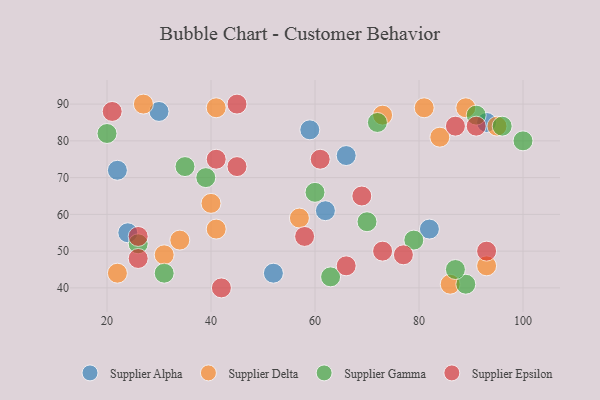
{"axis": {"x": "GDP", "y": "Life Expectancy"}, "legend": ["Supplier Alpha", "Supplier Delta", "Supplier Epsilon", "Supplier Gamma"], "data": [{"x": "62", "y": 61, "type": "Supplier Alpha"}, {"x": "93", "y": 85, "type": "Supplier Alpha"}, {"x": "22", "y": 72, "type": "Supplier Alpha"}, {"x": "30", "y": 88, "type": "Supplier Alpha"}, {"x": "66", "y": 76, "type": "Supplier Alpha"}, {"x": "82", "y": 56, "type": "Supplier Alpha"}, {"x": "24", "y": 55, "type": "Supplier Alpha"}, {"x": "59", "y": 83, "type": "Supplier Alpha"}, {"x": "52", "y": 44, "type": "Supplier Alpha"}, {"x": "84", "y": 81, "type": "Supplier Delta"}, {"x": "22", "y": 44, "type": "Supplier Delta"}, {"x": "34", "y": 53, "type": "Supplier Delta"}, {"x": "86", "y": 41, "type": "Supplier Delta"}, {"x": "41", "y": 56, "type": "Supplier Delta"}, {"x": "57", "y": 59, "type": "Supplier Delta"}, {"x": "89", "y": 89, "type": "Supplier Delta"}, {"x": "73", "y": 87, "type": "Supplier Delta"}, {"x": "40", "y": 63, "type": "Supplier Delta"}, {"x": "93", "y": 46, "type": "Supplier Delta"}, {"x": "31", "y": 49, "type": "Supplier Delta"}, {"x": "41", "y": 89, "type": "Supplier Delta"}, {"x": "81", "y": 89, "type": "Supplier Delta"}, {"x": "95", "y": 84, "type": "Supplier Delta"}, {"x": "27", "y": 90, "type": "Supplier Delta"}, {"x": "70", "y": 58, "type": "Supplier Gamma"}, {"x": "79", "y": 53, "type": "Supplier Gamma"}, {"x": "89", "y": 41, "type": "Supplier Gamma"}, {"x": "26", "y": 52, "type": "Supplier Gamma"}, {"x": "20", "y": 82, "type": "Supplier Gamma"}, {"x": "87", "y": 45, "type": "Supplier Gamma"}, {"x": "72", "y": 85, "type": "Supplier Gamma"}, {"x": "39", "y": 70, "type": "Supplier Gamma"}, {"x": "91", "y": 87, "type": "Supplier Gamma"}, {"x": "100", "y": 80, "type": "Supplier Gamma"}, {"x": "35", "y": 73, "type": "Supplier Gamma"}, {"x": "63", "y": 43, "type": "Supplier Gamma"}, {"x": "60", "y": 66, "type": "Supplier Gamma"}, {"x": "31", "y": 44, "type": "Supplier Gamma"}, {"x": "96", "y": 84, "type": "Supplier Gamma"}, {"x": "58", "y": 54, "type": "Supplier Epsilon"}, {"x": "45", "y": 73, "type": "Supplier Epsilon"}, {"x": "77", "y": 49, "type": "Supplier Epsilon"}, {"x": "45", "y": 90, "type": "Supplier Epsilon"}, {"x": "73", "y": 50, "type": "Supplier Epsilon"}, {"x": "91", "y": 84, "type": "Supplier Epsilon"}, {"x": "61", "y": 75, "type": "Supplier Epsilon"}, {"x": "93", "y": 50, "type": "Supplier Epsilon"}, {"x": "66", "y": 46, "type": "Supplier Epsilon"}, {"x": "21", "y": 88, "type": "Supplier Epsilon"}, {"x": "26", "y": 48, "type": "Supplier Epsilon"}, {"x": "42", "y": 40, "type": "Supplier Epsilon"}, {"x": "41", "y": 75, "type": "Supplier Epsilon"}, {"x": "69", "y": 65, "type": "Supplier Epsilon"}, {"x": "26", "y": 54, "type": "Supplier Epsilon"}, {"x": "87", "y": 84, "type": "Supplier Epsilon"}]}